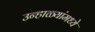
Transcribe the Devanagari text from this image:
उन्हाळ्यांमध्ये